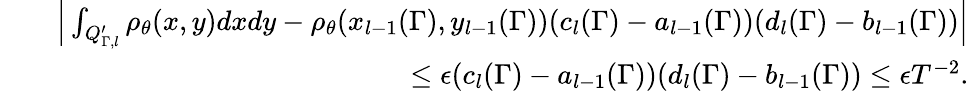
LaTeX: \begin{array}{rlr}&{}&{\Big|\int_{Q_{\Gamma,l}^{\prime}}\rho_{\theta}(x,y)dxdy-\rho_{\theta}(x_{l-1}(\Gamma),y_{l-1}(\Gamma))(c_{l}(\Gamma)-a_{l-1}(\Gamma))(d_{l}(\Gamma)-b_{l-1}(\Gamma))\Big|}\\ &{}&{\leq\epsilon(c_{l}(\Gamma)-a_{l-1}(\Gamma))(d_{l}(\Gamma)-b_{l-1}(\Gamma))\leq\epsilon T^{-2}.}\end{array}